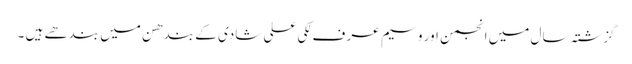
گزشتہ سال میں انجمن اور وسیم عر ف لکی علی شادی کے بندھن میں بندھے ہیں ۔